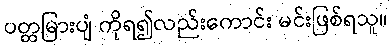
ပတ္တမြားပျံ ကိုရ၍လည်းကောင်း မင်းဖြစ်ရသူ။